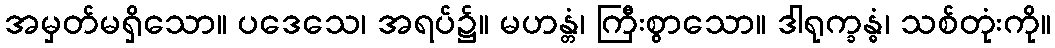
အမှတ်မရှိသော။ ပဒေသေ၊ အရပ်၌။ မဟန္တံ၊ ကြီးစွာသော။ ဒါရုက္ခန္ဓံ၊ သစ်တုံးကို။